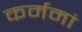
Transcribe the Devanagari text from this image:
कर्ममां